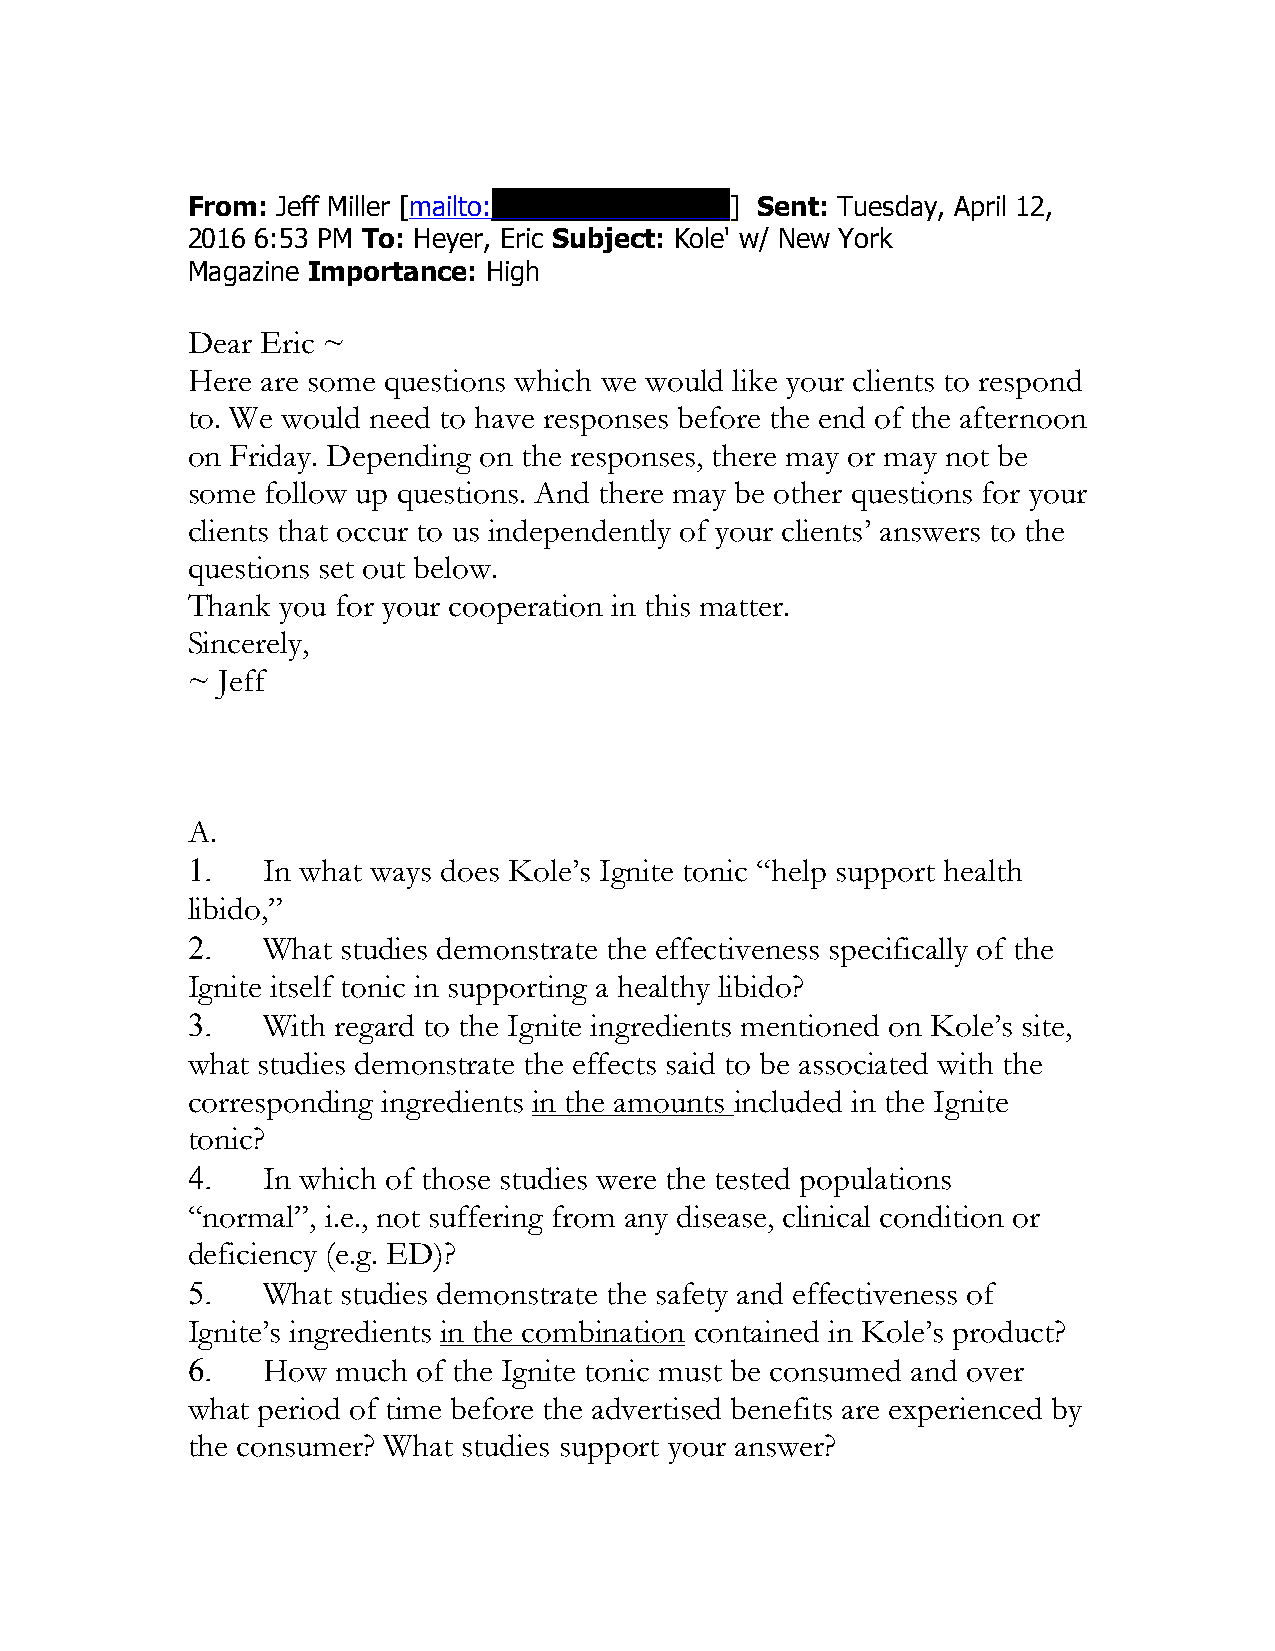
From: Jeff Miller [mailto:jmiller@mkslex.com] Sent: Tuesday, April 12,
 2016 6:53 PM To: Heyer, Eric Subject: Kole' w/ New York
 Magazine Importance: High
 Dear Eric ~
 Here are some questions which we would like your clients to respond
 to. We would need to have responses before the end of the afternoon
 on Friday. Depending on the responses, there may or may not be
 some  follow up questions. And there may be other questions for your
 clients that occur to us independently of your clients’ answers to the
 questions set out below.
 Thank  you for your cooperation in this matter.
 Sincerely,
 ~ Jeff
 A.
 1.   In what ways does Kole’s Ignite tonic “help support health
 libido,”
 2.   What  studies demonstrate the effectiveness specifically of the
 Ignite itself tonic in supporting a healthy libido?
 3.   With regard to the Ignite ingredients mentioned on Kole’s site,
 what studies demonstrate the effects said to be associated with the
 corresponding ingredients in the amounts included in the Ignite
 tonic?
 4.   In which of those studies were the tested populations
 “normal”, i.e., not suffering from any disease, clinical condition or
 deficiency (e.g. ED)?
 5.   What  studies demonstrate the safety and effectiveness of
 Ignite’s ingredients in the combination contained in Kole’s product?
 6.   How  much  of the Ignite tonic must be consumed and over
 what period of time before the advertised benefits are experienced by
 the consumer? What studies support your answer?